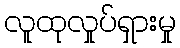
လူထုလှုပ်ရှားမှု